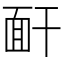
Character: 𩈅